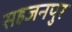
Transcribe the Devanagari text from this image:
सहजनपुर